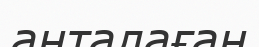
анталаған